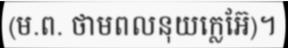
(ម.ព. ថាមពលនុយក្លេអ៊ែ)។